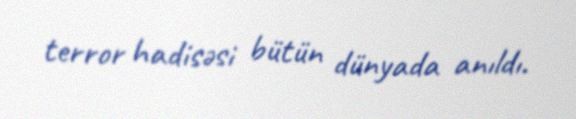
terror hadisəsi bütün dünyada anıldı.